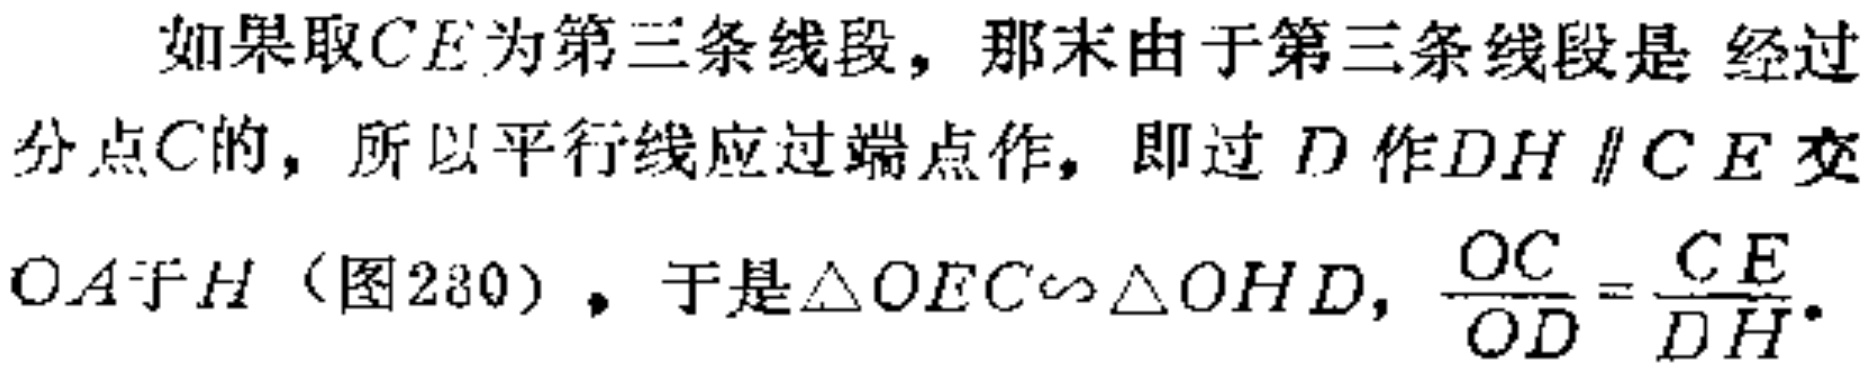
如果取\(CE\)为第三条线段，那末由于第三条线段是 经过分点\(C\)的，所以平行线应过端点作，即过 \(D\) 作\(DH \parallel CE\)交\(OA\)于\(H\)（图280），于是\(\triangle OEC\sim\triangle OHD\)，\(\frac{OC}{OD}=\frac{CE}{DH}\)。